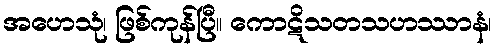
အဟေသုံ၊ ဖြစ်ကုန်ပြီ။ ကောဋိသတသဟဿာနံ၊